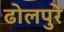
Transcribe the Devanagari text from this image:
ढोलपुरे